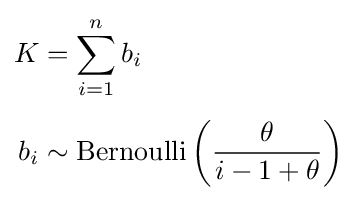
{\begin{aligned}K&=\sum _{i=1}^{n}b_{i}\\[4pt]b_{i}&\sim \operatorname {Bernoulli} \left({\frac {\theta }{i-1+\theta }}\right)\end{aligned}}